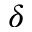
\delta